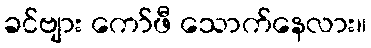
ခင်ဗျား ကော်ဖီ သောက်နေလား။